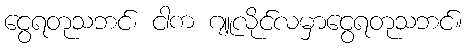
ငွေရတုသဘင်၊ ငါက ဂျူလိုင်လမှာငွေရတုသဘင်။